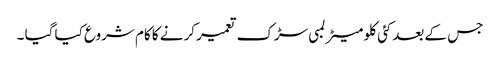
جس کے بعدکئی کلو میٹر لمبی سڑک تعمیر کرنے کا کام شروع کیا گیا ۔